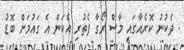
- ދެކުނު ކޮރެއާގައި މާސް ރޯގާ ފެތުރި އެކަން އެ ގައުމަށް ބޮޑު